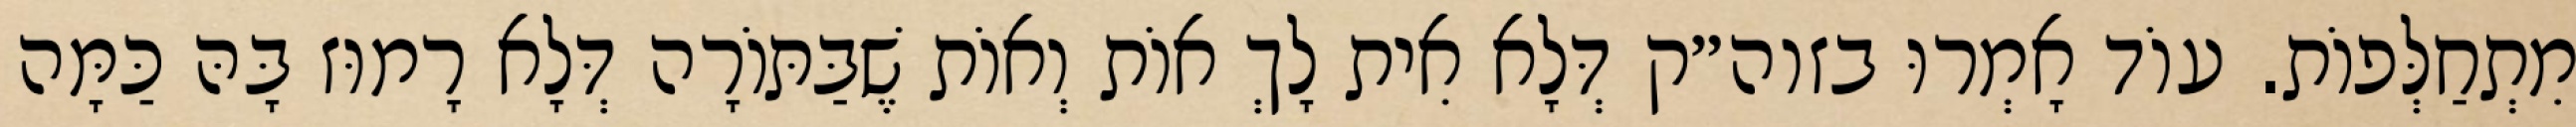
מִתְחַלְּפוֹת. עוֹד אָמְרוּ בזוה״ק דְּלָא אִית לָךְ אוֹת וְאוֹת שֶׁבַּתּוֹרָה דְּלָא רָמוּז בָּהּ כַּמָּה